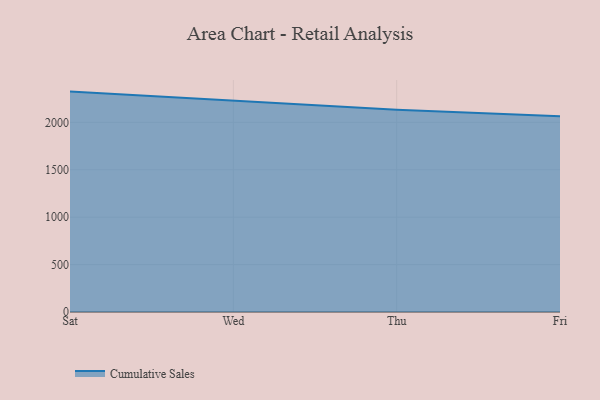
{"axis": {"x": "Day", "y": "Temperature (°C)"}, "legend": ["Cumulative Sales"], "data": [{"x": "Sat", "y": 2324.2, "type": "Cumulative Sales"}, {"x": "Wed", "y": 2225.4, "type": "Cumulative Sales"}, {"x": "Thu", "y": 2132.2, "type": "Cumulative Sales"}, {"x": "Fri", "y": 2063.2, "type": "Cumulative Sales"}]}